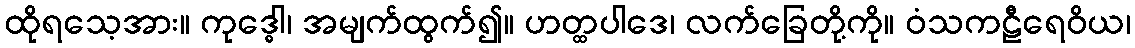
ထိုရသေ့အား။ ကုဒ္ဓေါ၊ အမျက်ထွက်၍။ ဟတ္ထပါဒေ၊ လက်ခြေတို့ကို။ ဝံသကဠီရေဝိယ၊